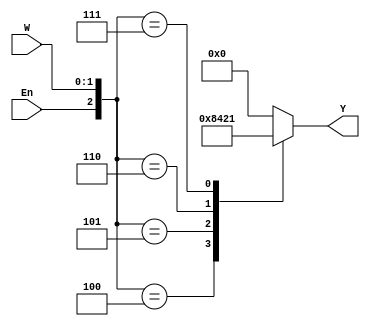
`timescale 1ns / 1ps
//////////////////////////////////////////////////////////////////////////////////
// Company: 
// Engineer: 
// 
// Design Name: 
// Module Name: MUX
// Project Name: 
// Target Devices: 
// Tool Versions: 
// Description: 
// 
// Dependencies: 
// 
// Revision:
// Revision 0.01 - File Created
// Additional Comments:
// 
//////////////////////////////////////////////////////////////////////////////////

module dec2to4 (W, En, Y);
  input [1:0] W;
  input En;
  output reg [0:3] Y;

  always @(W, En)
    case ({En, W}) //000, En 1'b, W 2'b
    3'b100: Y = 4'b1000; //en = 1, W = 00
    3'b101: Y = 4'b0100;
    3'b110: Y = 4'b0010;
    3'b111: Y = 4'b0001;
    default: Y = 4'b0000;
    endcase

endmodule